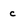
Character: C